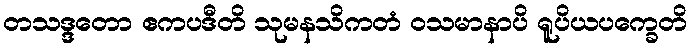
တသဒ္ဒတော ဧကပဒီတိ သုမနသိကတံ ဝသမာနာပိ ရူပိယပက္ခေတိ